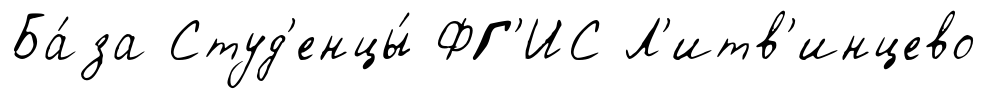
Ба́за Студ'енцы́ ФГ'ИС Л'итв'инцево